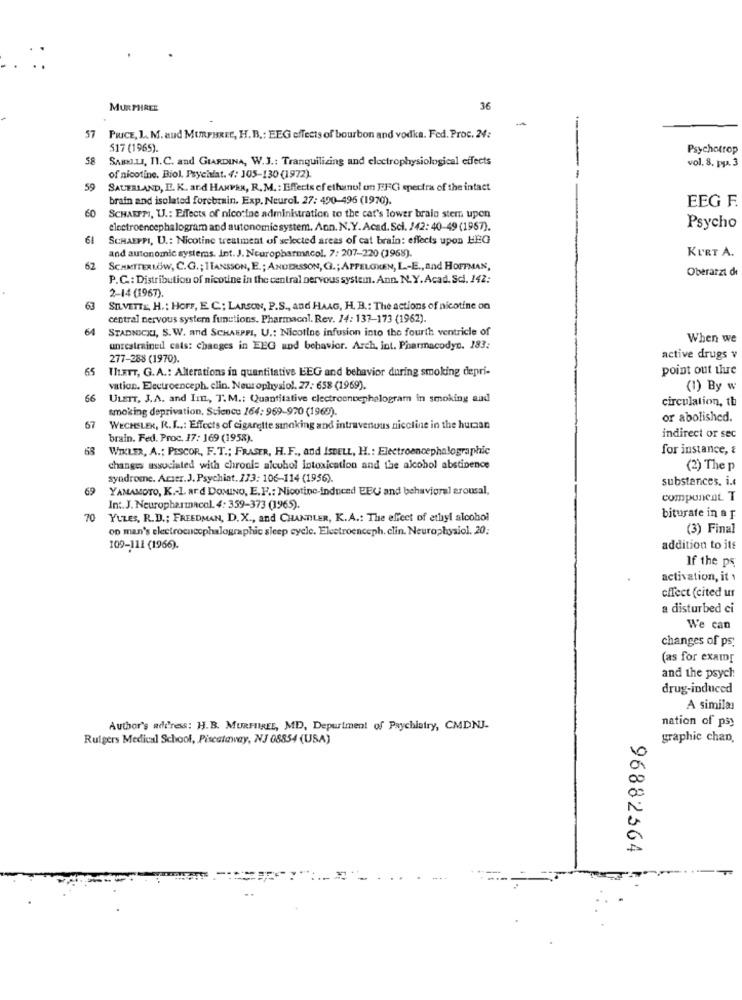
MURPHREE
36
57
PRICE, L. M. and MURPHREE, H.B .: EEG effects of bourbon and vodka. Fed. Proc. 24:
517 (1965).
Psychotrop
58
SARILI, I.C. and GIARDINA, W.J .: Tranquilizing and electrophysiological effects
vol. 8, pp. 3
of nicotine, Biol. Psychlat. 4: 105-130 (1972).
59
SAUERLAND, E. K. and HANPAN, R. M. : Effects of ethanol on FFCi spectra of the intact
brain and isolated forebrain. Exp. Neurol. 27: 490-496 (1970).
EEG F.
60
SCHAEPMI, U .: Effects of nicotine administration to the cat's lower brain stem upen
Psycho
electroencephalogram and autonomic system. Ann. N.Y. Acad. Sci. /42: 40-49 (1967).
61
SCHAEPPI, U .: Nicotine treatment of selected areas of cat brain: effects upon HEG
and autonomic systems. Int. J. Neuropharmacol. 7: 207-220 (1968).
KURT A.
62
SCHMITERLOW, C.G .; 1TANSSON, E .; ANDERSSON, GI. ; APPELGREN, L .- E ., and HOUTMAN,
Oberarzt de
P.C .: Distribution of nicotine in the central nervous system. Ann. N.Y.Acad. Sci. 142:
2-14 (1967).
63
SILVETTE, H .: HOFF, E C ; LARSON, P.S ., and HAAG, H. B .: The actions of nicotine on
central nervous system functions. Pharmacol. Rev. 14: 137-173 (1962).
64
STADNICKI, S.W. and SCHAEPPI, U .: Nicotine infusion into the fourth ventricle of
When we
unrestrained cats: changes in EEG und behavior. Arch. int. Pharmacodyn. 183:
277-288 (1970).
active drugs v
65
TIL.ETT, G.A .: Alterations in quantitative EEG and behavior during smoking depri-
point out thre
vation. Electroenceph. clin. Neurophysiol. 27: 658 (1969).
(1) By w
66
ULEIT, J.A. and Im, T.M .: Quantitative electroencephalogram in smoking and
circulation, tb
smoking deprivation, Science 164: 969-970 (1965).
or abolished.
67
WECHSLER, R. L ..: Effects of cigarette sinoking and intravenous nicotine in the human
brain. Fed. Proc. 17: 169 (1958).
indirect or sec
68
WIKLER, A .; PESCOR, F.T .; FRASER, H.F ., and ISDELL, H .: Electroencephalographic
for instance, &
changes associated with chroni= alcohol intoxication and the alcohol abstinence
(2) The p
syndrome. Arser.J. Psychiat. 173: 106-114 (1956).
substances, i.
69
YAMAMOTO, K .- L. ard DOMINO, E. F .: Nicotine-induced EBU and behavioral arousal,
compuncat. T
In :. J. Neuropharmacol. 4: 359-373 (1965).
biturate in a f
70
YULES, R.D .; FREEDMAN, D. X ., and CHANDLER, K.A .: The effect of ethyl alcohol
op man's electroencephalographic sleep cycle. Electroenceph. clin. Neurophysiol. 20;
(3) Final
109-111 (1966).
addition to its
If the ps
activation, it
cffect (cited ur
a disturbed ci
We can
changes of ps.
(as for examr
and the psych
drug-induced
A similar
Author's address: H.B. MURFIREE, MD, Depuriment of Psychiatry, CMDNJ-
nation of psy
Rutgers Medical School, Piscataway, NJ 08854 (USA)
graphic chan,
96882564